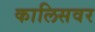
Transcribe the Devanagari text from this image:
कालिसवर